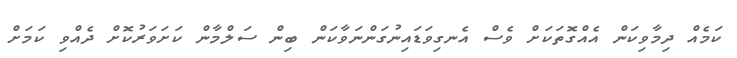
ކަމެއް ދިމާވިކަން އެއްގޮތަކަށް ވެސް އެނގިވަޑައިނުގަންނަވާކަން ބިން ސަލްމާން ކަށަވަރުކޮށް ދެއްވި ކަމަށް